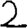
Digit: 2